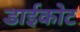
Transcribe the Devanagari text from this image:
डाईकोट